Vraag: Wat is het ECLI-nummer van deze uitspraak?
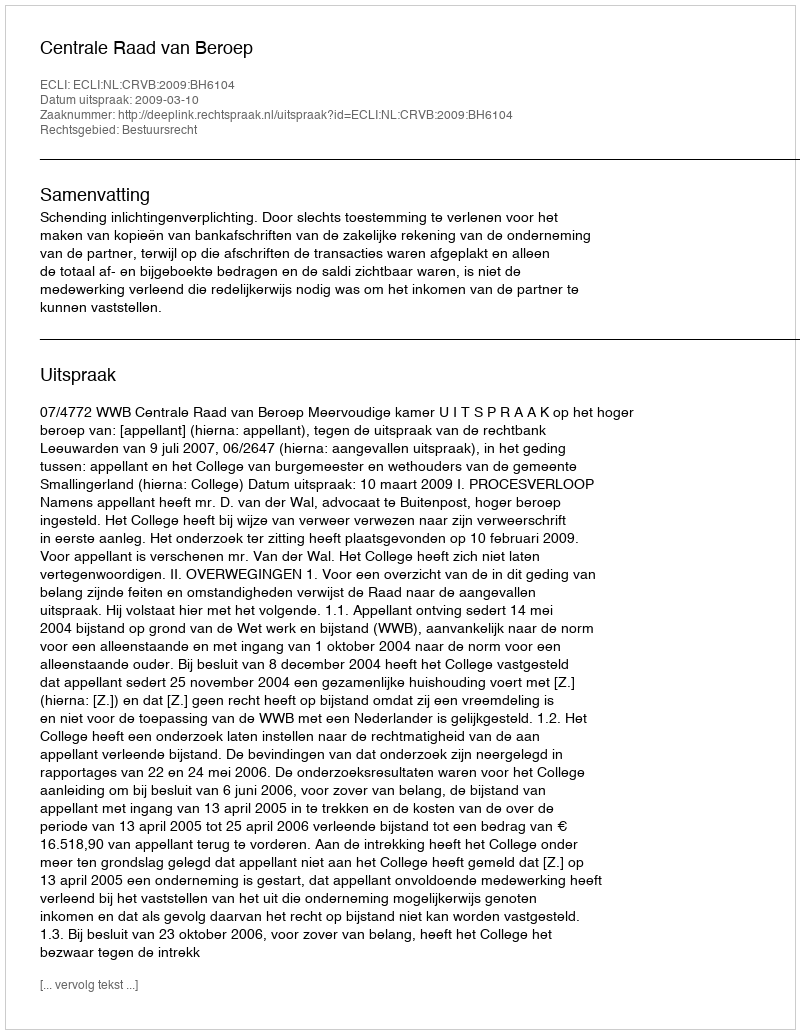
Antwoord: ECLI:NL:CRVB:2009:BH6104